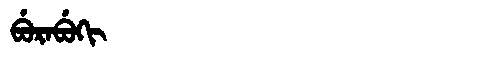
Manchu: ᠪᡠᡵᠠᠪᡠᡴᡳ
Romanization: BURABUKI